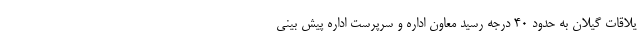
یلاقات گیلان به حدود ۴۰ درجه رسید معاون اداره و سرپرست اداره پیش بینی